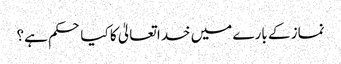
نماز کے بارے میں خدا تعالیٰ کا کیا حکم ہے؟